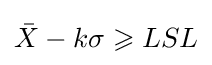
{\bar {X}}-k\sigma \geqslant LSL